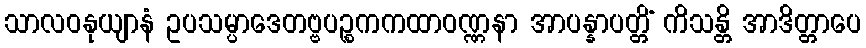
သာလဝနုယျာနံ ဥပသမ္ပာဒေတဗ္ဗပဉ္စကကထာဝဏ္ဏနာ အာပန္နာပတ္တိံ ကိသန္တိ အာဒိတ္တာပေ